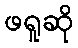
ဖရူဆို